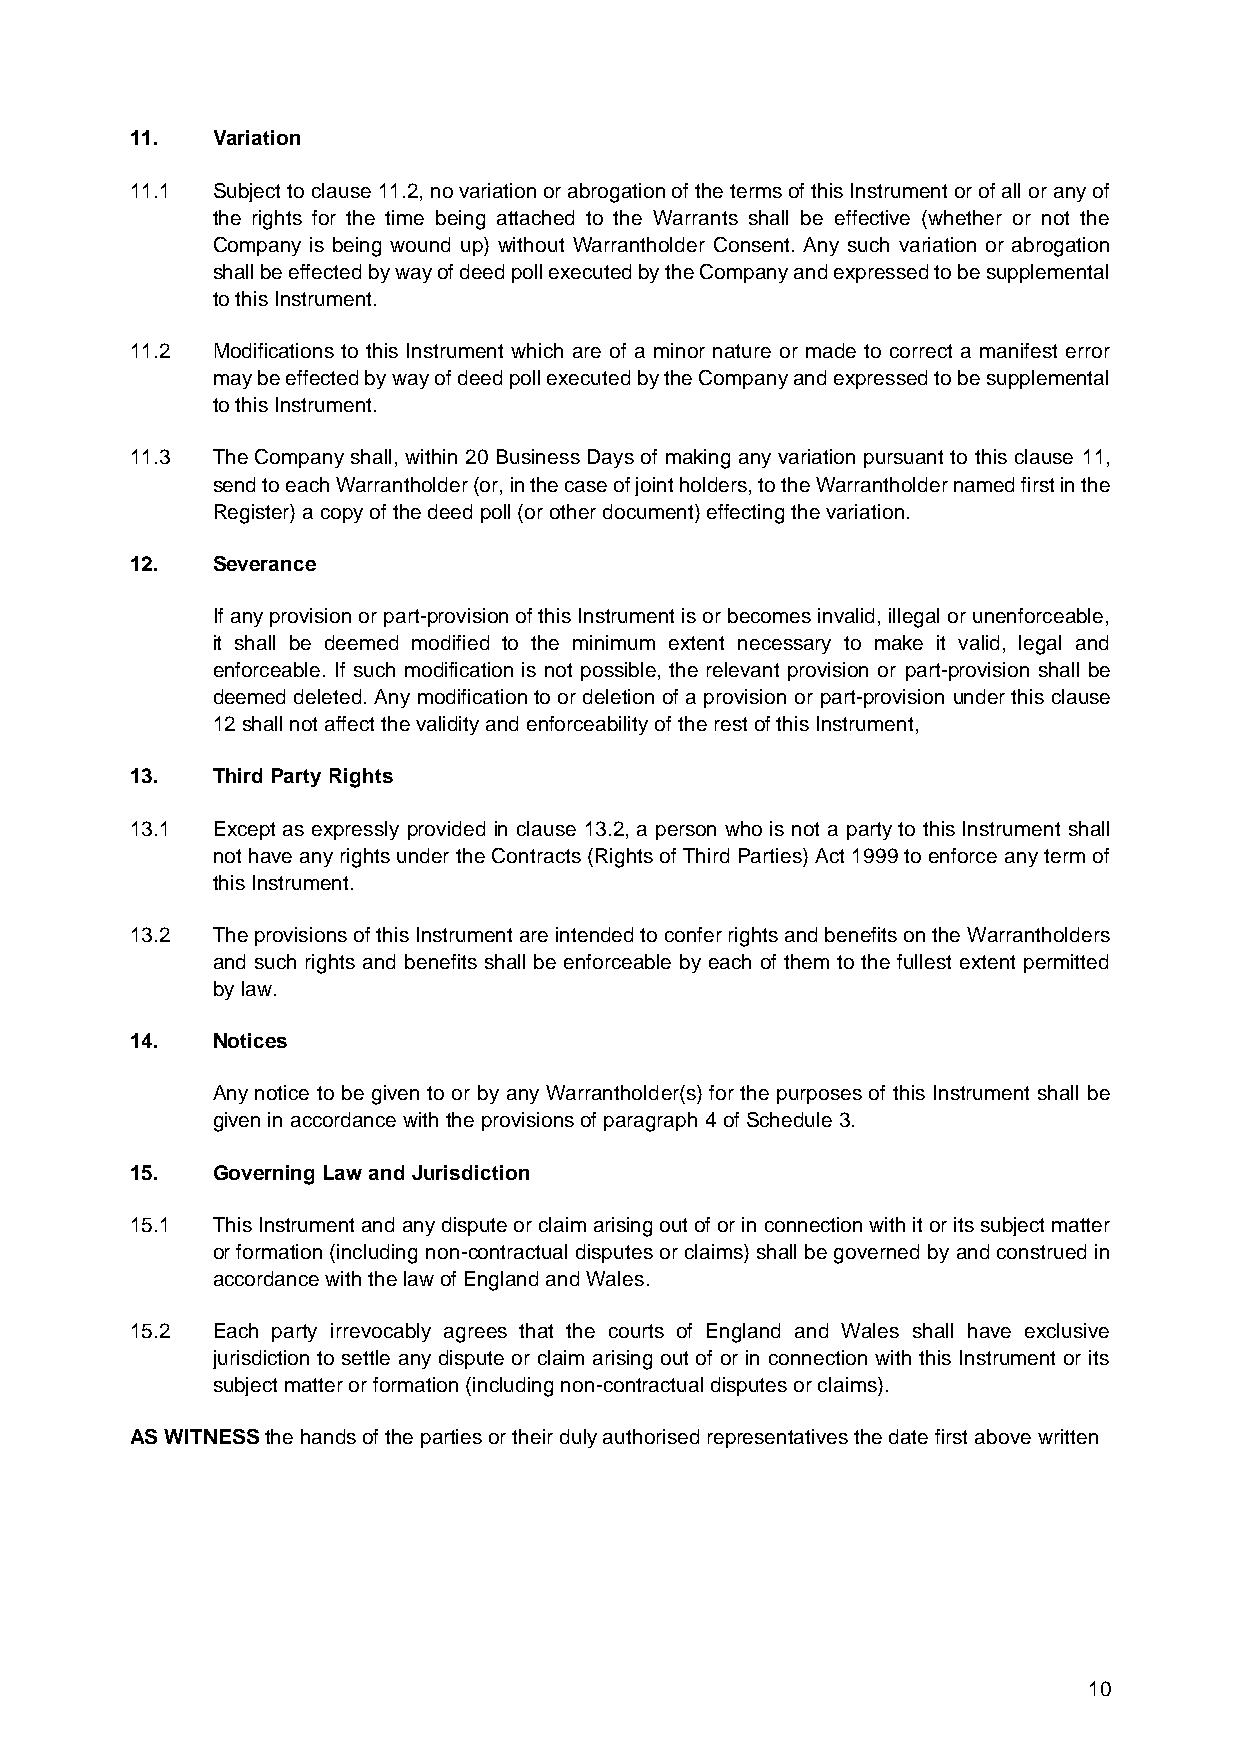
11.  Variation
 11.1 Subject to clause 11.2, no variation or abrogation of the terms of this Instrument or of all or any of
 the rights for the time being attached to the Warrants shall be effective (whether or not the
 Company is being wound up) without Warrantholder Consent. Any such variation or abrogation
 shall be effected by way of deed poll executed by the Company and expressed to be supplemental
 to this Instrument.
 11.2 Modifications to this Instrument which are of a minor nature or made to correct a manifest error
 may be effected by way of deed poll executed by the Company and expressed to be supplemental
 to this Instrument.
 11.3 The Company shall, within 20 Business Days of making any variation pursuant to this clause 11,
 send to each Warrantholder (or, in the case of joint holders, to the Warrantholder named first in the
 Register) a copy of the deed poll (or other document) effecting the variation.
 12.  Severance
 If any provision or part-provision of this Instrument is or becomes invalid, illegal or unenforceable,
 it shall be deemed modified to the minimum extent necessary to make it valid, legal and
 enforceable. If such modification is not possible, the relevant provision or part-provision shall be
 deemed deleted. Any modification to or deletion of a provision or part-provision under this clause
 12 shall not affect the validity and enforceability of the rest of this Instrument,
 13.  Third Party Rights
 13.1 Except as expressly provided in clause 13.2, a person who is not a party to this Instrument shall
 not have any rights under the Contracts (Rights of Third Parties) Act 1999 to enforce any term of
 this Instrument.
 13.2 The provisions of this Instrument are intended to confer rights and benefits on the Warrantholders
 and such rights and benefits shall be enforceable by each of them to the fullest extent permitted
 by law.
 14.  Notices
 Any notice to be given to or by any Warrantholder(s) for the purposes of this Instrument shall be
 given in accordance with the provisions of paragraph 4 of Schedule 3.
 15.  Governing Law and Jurisdiction
 15.1 This Instrument and any dispute or claim arising out of or in connection with it or its subject matter
 or formation (including non-contractual disputes or claims) shall be governed by and construed in
 accordance with the law of England and Wales.
 15.2 Each party irrevocably agrees that the courts of England and Wales shall have exclusive
 jurisdiction to settle any dispute or claim arising out of or in connection with this Instrument or its
 subject matter or formation (including non-contractual disputes or claims).
 AS WITNESS the hands of the parties or their duly authorised representatives the date first above written
 10